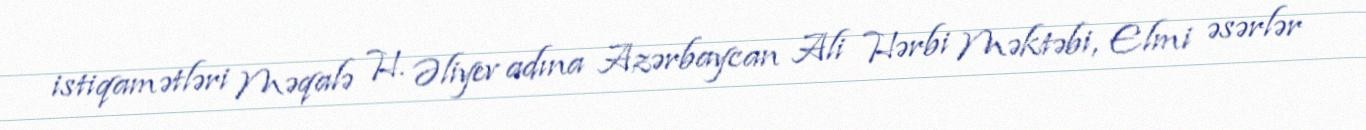
istiqamətləri Məqalə H. Əliyev adına Azərbaycan Ali Hərbi Məktəbi, Elmi əsərlər